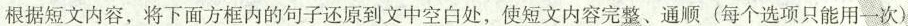
根据短文内容,将下面方框内的句子还原到文中空白处,使短文内容完整、通顺(每个选项只能用一次)